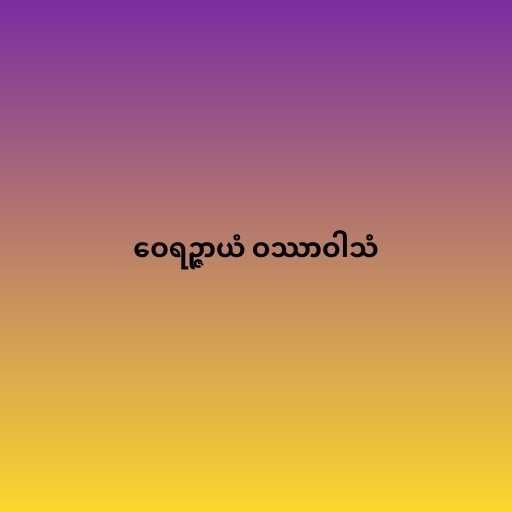
ဝေရဉ္ဇာယံ ဝဿာဝါသံ